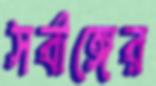
সর্বাঙ্গের